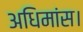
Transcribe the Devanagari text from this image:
अधिमांस।